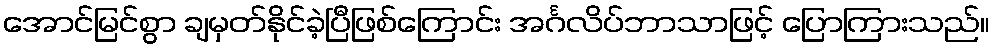
အောင်မြင်စွာ ချမှတ်နိုင်ခဲ့ပြီဖြစ်ကြောင်း အင်္ဂလိပ်ဘာသာဖြင့် ပြောကြားသည်။